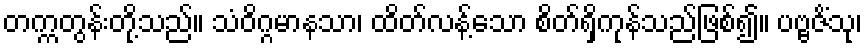
တက္ကတွန်းတို့သည်။ သံဝိဂ္ဂမာနသာ၊ ထိတ်လန့်သော စိတ်ရှိကုန်သည်ဖြစ်၍။ ပဗ္ဗဇိံသု၊